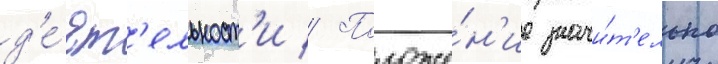
д'е́ят'ельност'и // Положе́н'ие значи́т'ельно